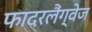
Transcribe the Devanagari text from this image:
फादरलैंग्वेज